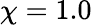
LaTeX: \chi=1.0